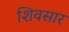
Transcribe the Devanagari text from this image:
शिवसार